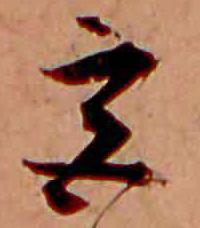
宮